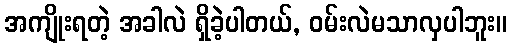
အကျိုးရတဲ့ အခါလဲ ရှိခဲ့ပါတယ်, ဝမ်းလဲမသာလှပါဘူး။